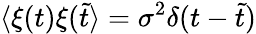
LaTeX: \langle\xi(t)\xi(\tilde{t}\rangle=\sigma^{2}\delta(t-\tilde{t})